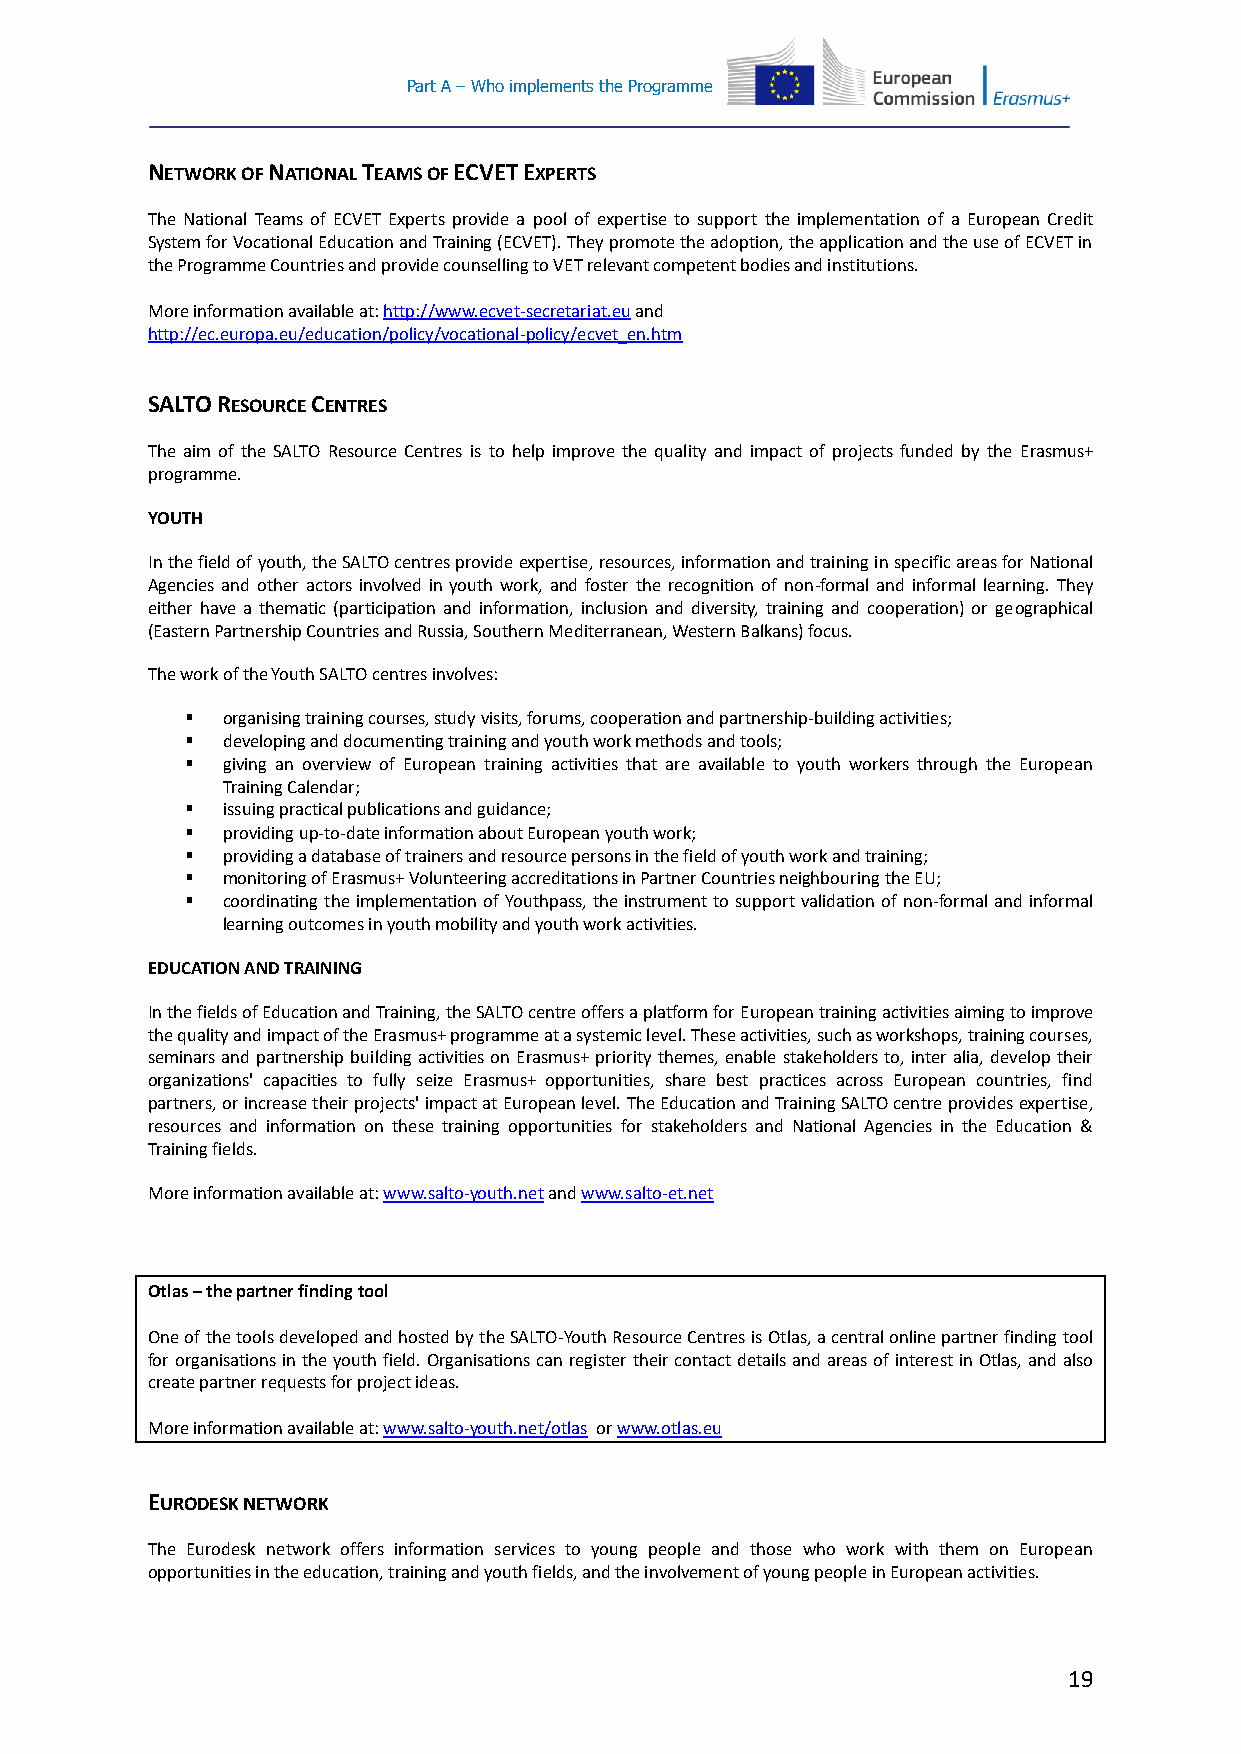
Part A – Who implements the Programme
 NETWORK OF NATIONAL TEAMS OF ECVET EXPERTS
 The National Teams of ECVET Experts provide a pool of expertise to support the implementation of a European Credit
 System for Vocational Education and Training (ECVET). They promote the adoption, the application and the use of ECVET in
 the Programme Countries and provide counselling to VET relevant competent bodies and institutions.
 More information available at: http://www.ecvet-secretariat.eu and
 http://ec.europa.eu/education/policy/vocational-policy/ecvet_en.htm
 SALTO RESOURCE CENTRES
 The aim of the SALTO Resource Centres is to help improve the quality and impact of projects funded by the Erasmus+
 programme.
 YOUTH
 In the field of youth, the SALTO centres provide expertise, resources, information and training in specific areas for National
 Agencies and other actors involved in youth work, and foster the recognition of non-formal and informal learning. They
 either have a thematic (participation and information, inclusion and diversity, training and cooperation) or geographical
 (Eastern Partnership Countries and Russia, Southern Mediterranean, Western Balkans) focus.
 The work of the Youth SALTO centres involves:
   organising training courses, study visits, forums, cooperation and partnership-building activities;
   developing and documenting training and youth work methods and tools;
   giving an overview of European training activities that are available to youth workers through the European
 Training Calendar;
   issuing practical publications and guidance;
   providing up-to-date information about European youth work;
   providing a database of trainers and resource persons in the field of youth work and training;
   monitoring of Erasmus+ Volunteering accreditations in Partner Countries neighbouring the EU;
   coordinating the implementation of Youthpass, the instrument to support validation of non-formal and informal
 learning outcomes in youth mobility and youth work activities.
 EDUCATION AND TRAINING
 In the fields of Education and Training, the SALTO centre offers a platform for European training activities aiming to improve
 the quality and impact of the Erasmus+ programme at a systemic level. These activities, such as workshops, training courses,
 seminars and partnership building activities on Erasmus+ priority themes, enable stakeholders to, inter alia, develop their
 organizations' capacities to fully seize Erasmus+ opportunities, share best practices across European countries, find
 partners, or increase their projects' impact at European level. The Education and Training SALTO centre provides expertise,
 resources and information on these training opportunities for stakeholders and National Agencies in the Education &
 Training fields.
 More information available at: www.salto-youth.net and www.salto-et.net
 Otlas – the partner finding tool
 One of the tools developed and hosted by the SALTO-Youth Resource Centres is Otlas, a central online partner finding tool
 for organisations in the youth field. Organisations can register their contact details and areas of interest in Otlas, and also
 create partner requests for project ideas.
 More information available at: www.salto-youth.net/otlas or www.otlas.eu
 EURODESK NETWORK
 The Eurodesk network offers information services to young people and those who work with them on European
 opportunities in the education, training and youth fields, and the involvement of young people in European activities.
 19